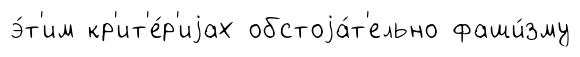
э́т'им кр'ит'е́р'иjах обстоjа́т'ельно фаши́зму